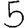
Digit: 5